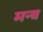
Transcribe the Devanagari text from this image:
मन्‍त्र